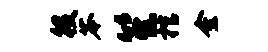
役苓笙棺金